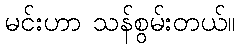
မင်းဟာ သန်စွမ်းတယ်။